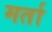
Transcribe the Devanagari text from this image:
मर्ता